Newspaper: The evening Argus. [volume]
Place of publication: Rock Island, Ill.
Publisher: Danforth & Jones
Date: 1870-06-27 00:00:00
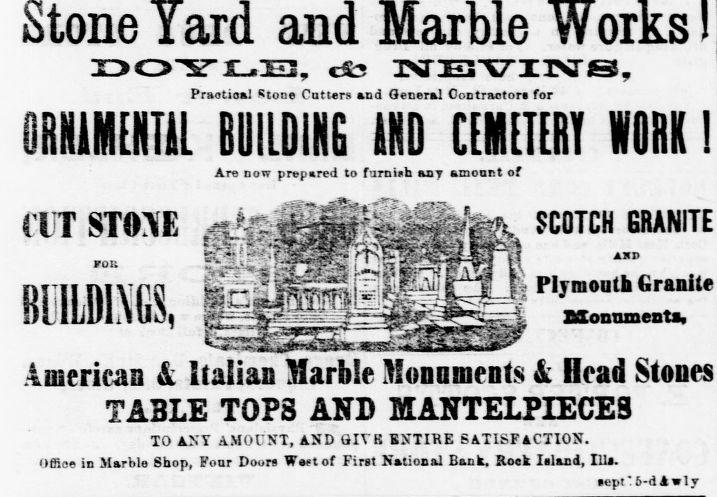
Advertisement text (OCR):
230-5TH.E!, cts 3S'ES"V7'IIa'S, Praetioal Ktone Cutters and General Contractor for RNAMENTAL BUILDING &KD CEMETERY WORK I Are now prepared to furnish any amoont of (IT ST0XE B S. t"" r ; -V:C I - S' " ' A"D PIrmnnf h Crmiil rijmOQlD hfanilC SCOTCH 6RANITE SXonnmenta, Americas & Italian Harble SIonDtnents & Head Stones TABLE TOPS AND MANTELPIECES TO AXY AMOUNT, AND GIVB ENTIRE SATISFACTION. Offioe in Marble Shop, Fonr Doors Wast of First National Bank, Rock Island, Ills. sept6-d A wly
Label: illustrations